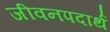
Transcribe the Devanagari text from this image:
जीवनपदार्थ